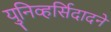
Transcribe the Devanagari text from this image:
युनिव्हर्सिदादने